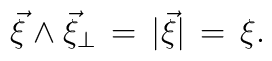
\vec{\xi}\wedge\vec{\xi}_\perp\,=\,|\vec{\xi}|\,=\,\xi.